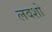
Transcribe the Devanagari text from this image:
लवशो